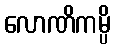
လောဏိကမ္ပိ